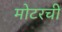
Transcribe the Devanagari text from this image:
मोटरची